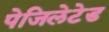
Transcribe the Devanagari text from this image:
पेजिलेटेड